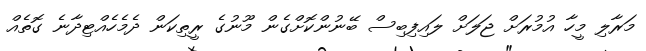
މަރާލި މީހާ އުމުރަށް ޖަލަށް ލައިފިބިސް ބޭނުންކޮށްގެން މޫނުގެ ރީތިކަން ދެމެހެއްޓިދާނެ ގޮތެއް